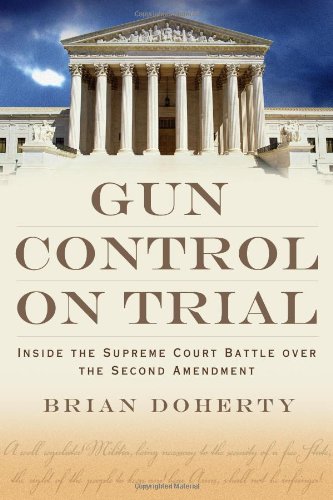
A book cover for Gun Control on Trial: Inside the Supreme Court Battle Over the Second Amendment; Brian Doherty; Law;